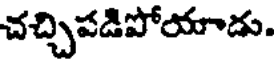
చచ్చిపడిపోయాడు.